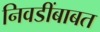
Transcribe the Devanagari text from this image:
निवडींबाबत